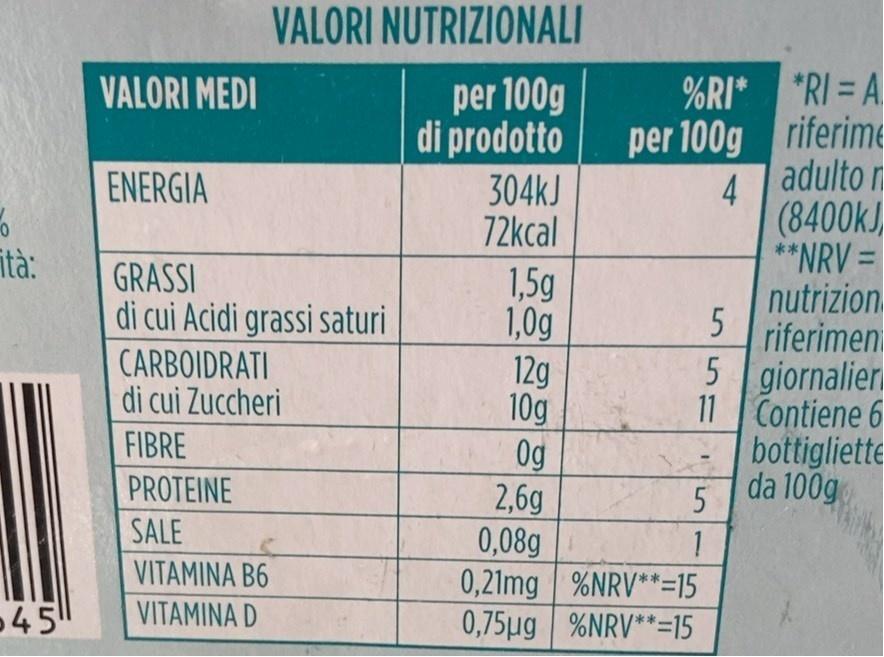
VALORI NUTRIZIONALI
%RI* *RI = A
per 100g di prodotto
VALORI MEDI
per 100g riferime adulto r
ENERGIA
304kJ 72kcal
4
(8400kJ, **NRV =
ità:
GRASSI di cui Acidi grassi saturi
1,5g 1,0g 12g 10g 0g 2,6g 0,08g 0,21mg %NRV**=15 0,75µg %NRV**=15
nutrizion 5 riferimen
CARBOIDRATI di cui Zuccheri
5 giornalier 11 Contiene 6
FIBRE
bottigliette da 100g
PROTEINE
SALE
1
VITAMINA B6
-45
VITAMINA D